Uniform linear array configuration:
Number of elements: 24
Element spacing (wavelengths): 0.5
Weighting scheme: cosine
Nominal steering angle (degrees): -15
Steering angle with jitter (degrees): -16.297
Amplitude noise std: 0.05
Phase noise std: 0.05

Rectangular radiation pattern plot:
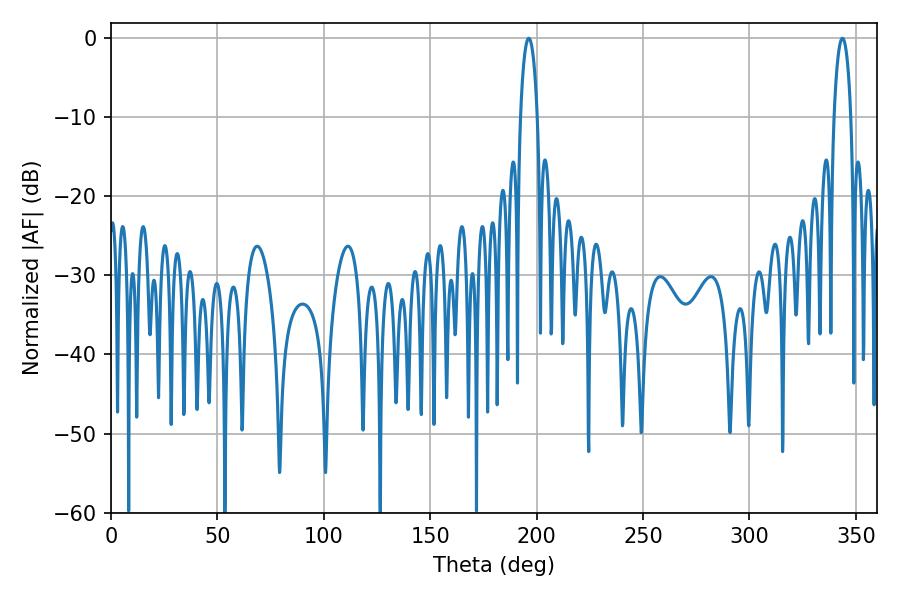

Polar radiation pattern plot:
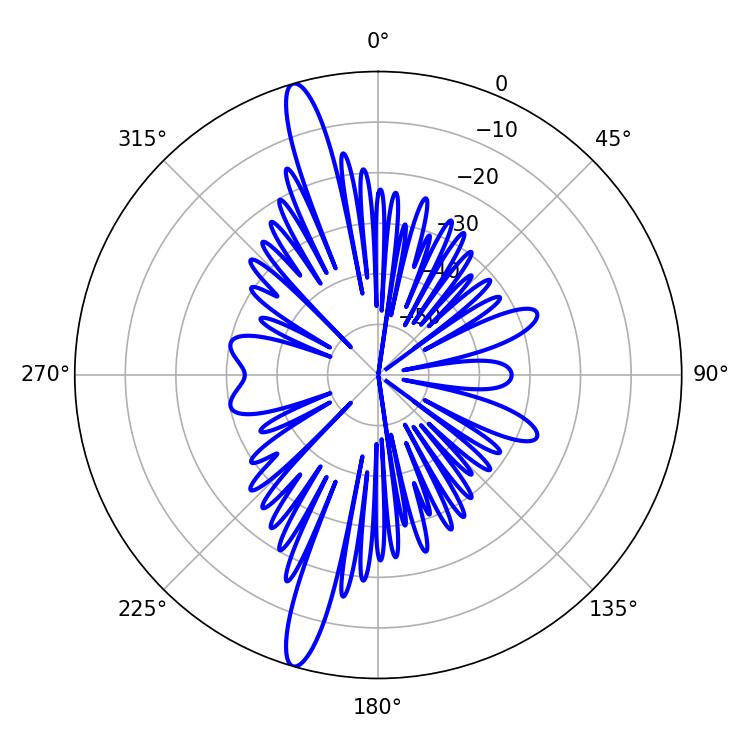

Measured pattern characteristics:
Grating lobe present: FALSE
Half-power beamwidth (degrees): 4.5
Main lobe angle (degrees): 196.38